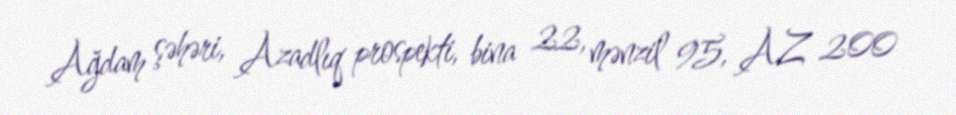
Ağdam şəhəri, Azadlıq prospekti, bina 22, mənzil 95, AZ 200